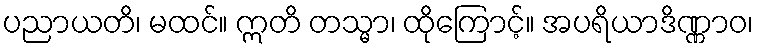
ပညာယတိ၊ မထင်။ ဣတိ တသ္မာ၊ ထိုကြောင့်။ အပရိယာဒိဏ္ဏာဝ၊